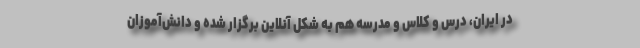
در ایران، درس و کلاس و مدرسه هم به شکل آنلاین برگزار شده و دانش‌آموزان